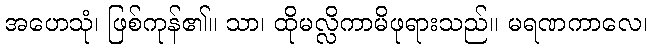
အဟေသုံ၊ ဖြစ်ကုန်၏။ သာ၊ ထိုမလ္လိကာမိဖုရားသည်။ မရဏကာလေ၊